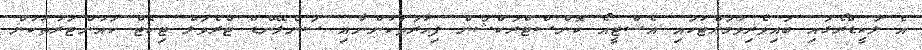
އެ ލަކީޑްރޯގައި ބައިވެރިވުމަށްޓަކައި އެސްޓީއޯ ކޮންސްޓްރަކްޝަން ފިހާރަތަކުންނާއި ސަންލޭންޑް ޓްރެވަލް ޓިކެޓް ކައުންޓަރުތަކުން